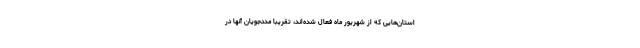
استان‌هایی که از شهریور ماه فعال شده‌اند، تقریبا مددجویان آنها در